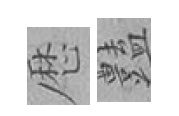
厯𧰟